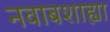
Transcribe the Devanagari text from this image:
नवाबशाह्या